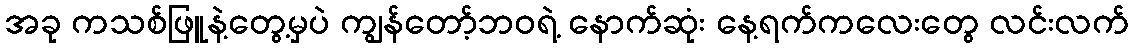
အခု ကသစ်ဖြူနဲ့တွေ့မှပဲ ကျွန်တော့်ဘဝရဲ့ နောက်ဆုံး နေ့ရက်ကလေးတွေ လင်းလက်